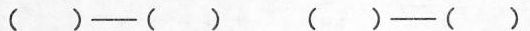
（）——（） （）——（）